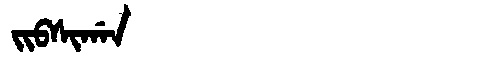
Manchu: ᠵᡳᠪᠰᡳᡤᠠᠨ
Romanization: JIBSIGAN